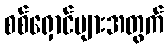
စစ်ရှောင်များအတွက်